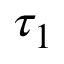
\tau _ { 1 }